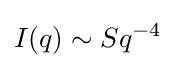
I(q)\sim Sq^{-4}